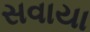
સવાયા